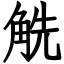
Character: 䚚